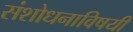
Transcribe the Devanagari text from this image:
संशोधनाविषयी